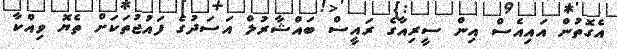
އެގޮތުން އައިއެސް އިން ސީރިއާގެ ރައީސް ބައްޝާރުލް އަސަދުގެ ފައުޖުތަކަށް ތެޔޮ ވިއްކާ